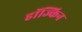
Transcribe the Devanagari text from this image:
हॉज्किन